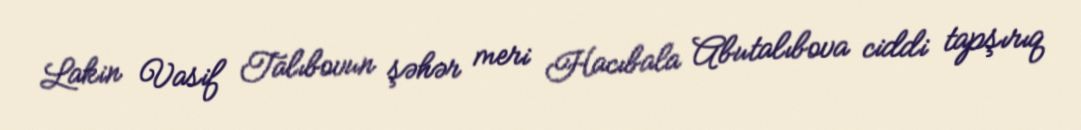
Lakin Vasif Talıbovun şəhər meri Hacıbala Abutalıbova ciddi tapşırıq